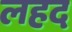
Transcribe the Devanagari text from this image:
लहद